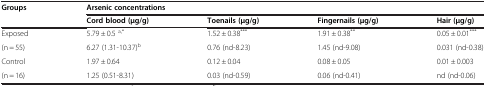
| Groups | <COLSPAN=4> Arsenic concentrations |
 |  | Cord blood (μg/g) | Toenails (μg/g) | Fingernails (μg/g) | Hair (μg/g) |
 | --- | --- | --- | --- | --- |
 | Exposed | 5.79 ± 0.5 a,* | 1.52 ± 0.38*** | 1.91 ± 0.38** | 0.05 ± 0.01*** |
 | (n = 55) | 6.27 (1.31-10.37)b | 0.76 (nd-8.23) | 1.45 (nd-9.08) | 0.031 (nd-0.38) |
 | Control | 1.97 ± 0.64 | 0.12 ± 0.04 | 0.08 ± 0.05 | 0.01 ± 0.003 |
 | (n = 16) | 1.25 (0.51-8.31) | 0.03 (nd-0.59) | 0.06 (nd-0.41) | nd (nd-0.06) |